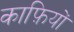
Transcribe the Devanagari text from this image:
काफ़ियों